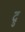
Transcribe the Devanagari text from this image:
द्रु